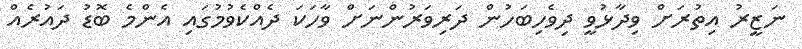
ނަޒީރު އިތުރަށް ވިދާޅުވީ ދިވެހިބަހުން ދަރިވަރުންނަށް ވާހަކަ ދެއްކެވުމުގައި އެންމެ ބޮޑު ދައުރެއް